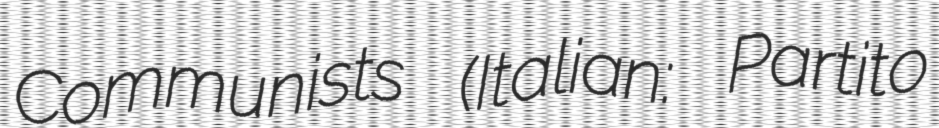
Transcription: Communists (Italian: Partito